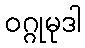
ဝဂ္ဂုမုဒါ